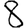
Digit: 8